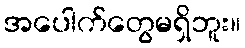
အပေါက်တွေမရှိဘူး။